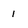
Character: 1